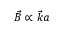
\vec { B } \propto \vec { k } a